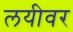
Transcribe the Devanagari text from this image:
लयीवर